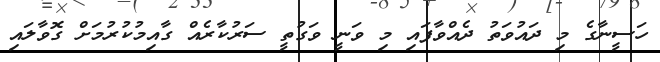
ހަސީނާގެ މި ދައުވަތު ދެއްވާފައި މި ވަނީ ވަގުތީ ސަރުކާރެއް ގާއިމުކުރުމަށް ގޮވާލައި